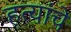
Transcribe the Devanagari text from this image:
हत्यांचे